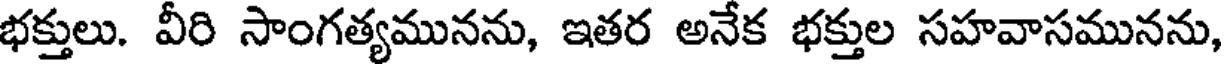
భక్తులు. వీరి సాంగత్యమునను, ఇతర అనేక భక్తుల సహవాసమునను,